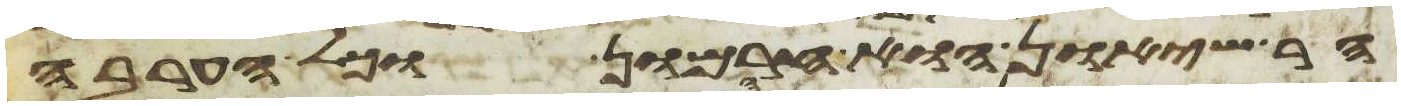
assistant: הר שיאון הוא חרמון וכל הערבה